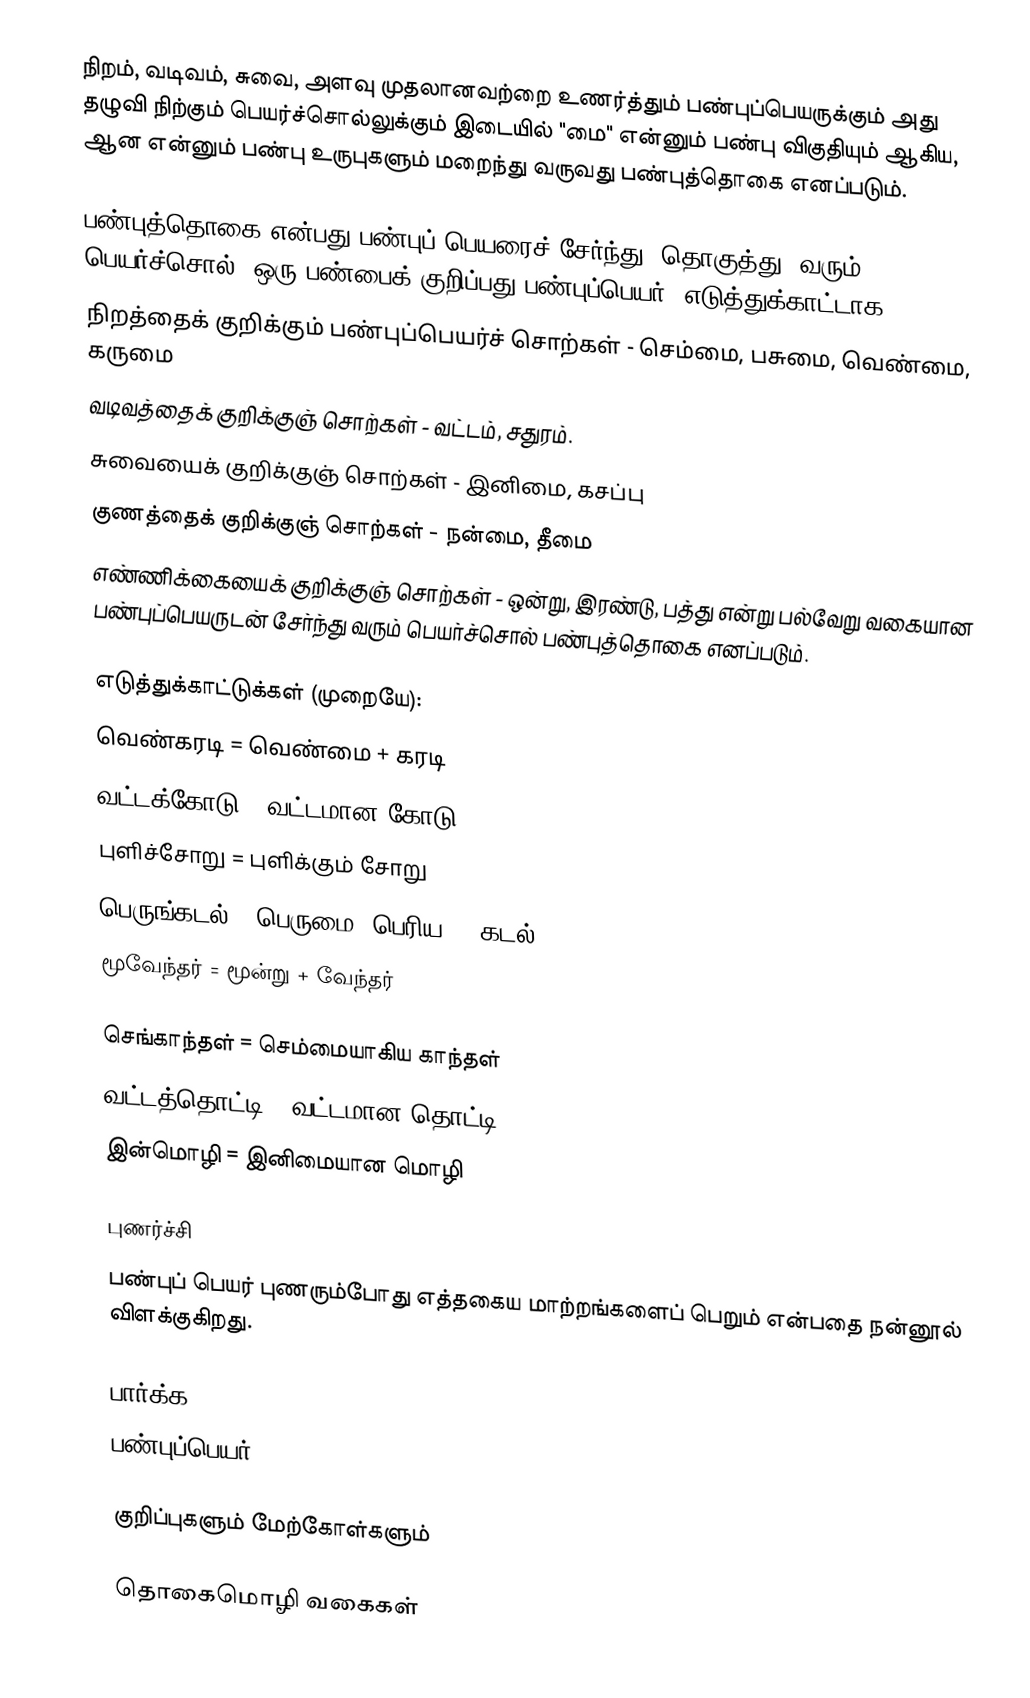
நிறம், வடிவம், சுவை, அளவு முதலானவற்றை உணர்த்தும் பண்புப்பெயருக்கும் அது தழுவி நிற்கும் பெயர்ச்சொல்லுக்கும் இடையில் "மை" என்னும் பண்பு விகுதியும் ஆகிய, ஆன என்னும் பண்பு உருபுகளும் மறைந்து வருவது பண்புத்தொகை எனப்படும்.

பண்புத்தொகை என்பது பண்புப் பெயரைச் சேர்ந்து (தொகுத்து) வரும் பெயர்ச்சொல். ஒரு பண்பைக் குறிப்பது பண்புப்பெயர். எடுத்துக்காட்டாக,
நிறத்தைக் குறிக்கும் பண்புப்பெயர்ச் சொற்கள் - செம்மை, பசுமை, வெண்மை, கருமை
வடிவத்தைக் குறிக்குஞ் சொற்கள் - வட்டம், சதுரம்.
சுவையைக் குறிக்குஞ் சொற்கள் - இனிமை, கசப்பு
குணத்தைக் குறிக்குஞ் சொற்கள் - நன்மை, தீமை
எண்ணிக்கையைக் குறிக்குஞ் சொற்கள் - ஒன்று, இரண்டு, பத்து என்று பல்வேறு வகையான பண்புப்பெயருடன் சேர்ந்து வரும் பெயர்ச்சொல் பண்புத்தொகை எனப்படும்.

எடுத்துக்காட்டுக்கள் (முறையே):
வெண்கரடி = வெண்மை + கரடி
வட்டக்கோடு = வட்டமான கோடு
புளிச்சோறு = புளிக்கும் சோறு
பெருங்கடல் = பெருமை (பெரிய) + கடல்
மூவேந்தர் = மூன்று + வேந்தர்

செங்காந்தள் = செம்மையாகிய காந்தள்
வட்டத்தொட்டி = வட்டமான தொட்டி
இன்மொழி = இனிமையான மொழி

புணர்ச்சி
பண்புப் பெயர் புணரும்போது எத்தகைய மாற்றங்களைப் பெறும் என்பதை நன்னூல் விளக்குகிறது.

பார்க்க
 பண்புப்பெயர்

குறிப்புகளும் மேற்கோள்களும்

தொகைமொழி வகைகள்